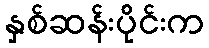
နှစ်ဆန်းပိုင်းက